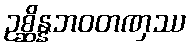
ဥစ္ဆိန္နဘဝတဏှဿ